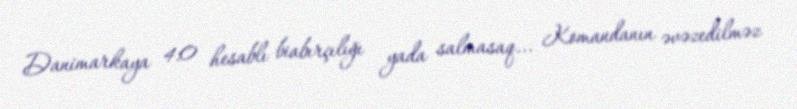
Danimarkaya 4:0 hesablı biabırçılığı yada salmasaq... Komandanın əvəzedilməz